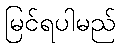
မြင်ရပါမည်